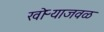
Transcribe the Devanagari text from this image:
खोऱ्याजवळ